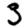
Digit: 3